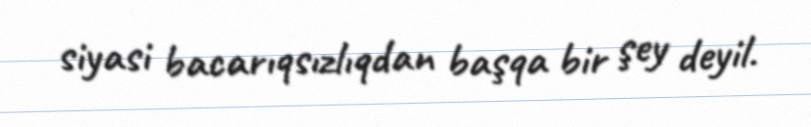
siyasi bacarıqsızlıqdan başqa bir şey deyil.